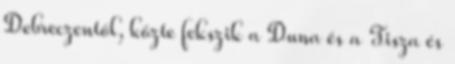
Debreczentől, közte fekszik a Duna és a Tisza és